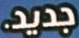
جديد.